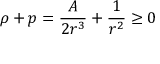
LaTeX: \rho + p = \frac { A } { 2 r ^ { 3 } } + \frac { 1 } { r ^ { 2 } } \ge 0